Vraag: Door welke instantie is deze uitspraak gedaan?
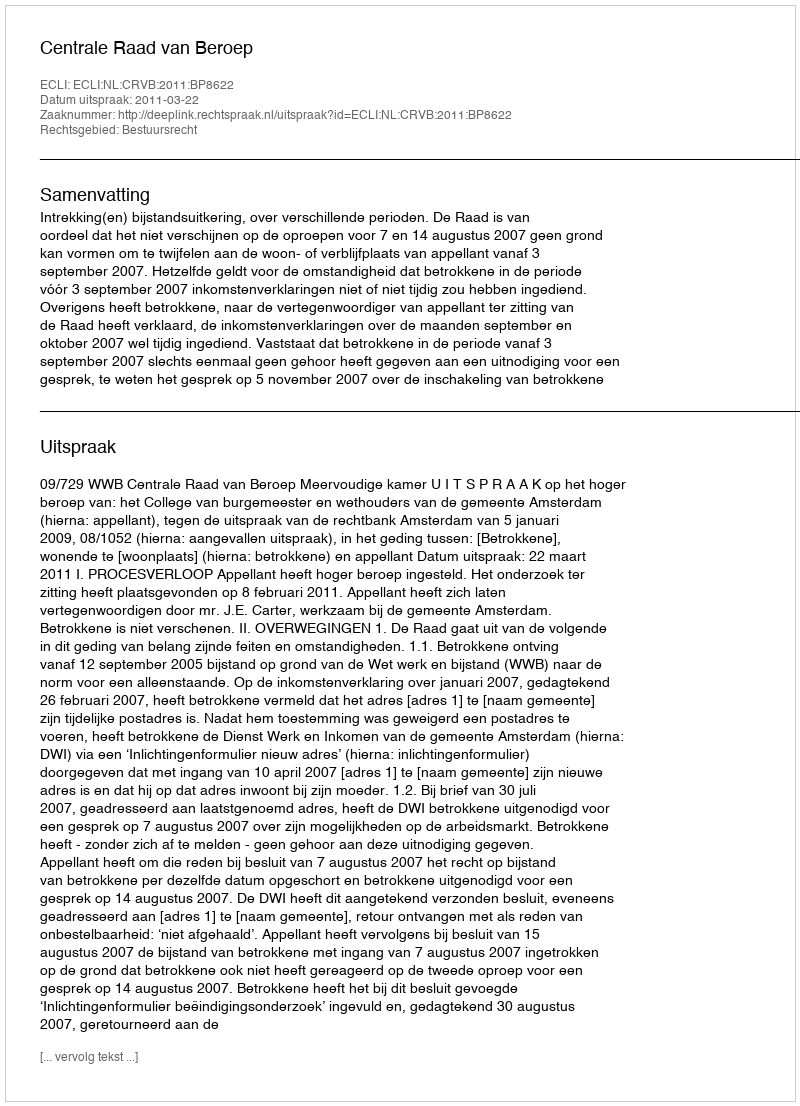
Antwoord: Centrale Raad van Beroep